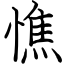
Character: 憔